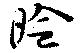
昤